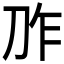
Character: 𱐗